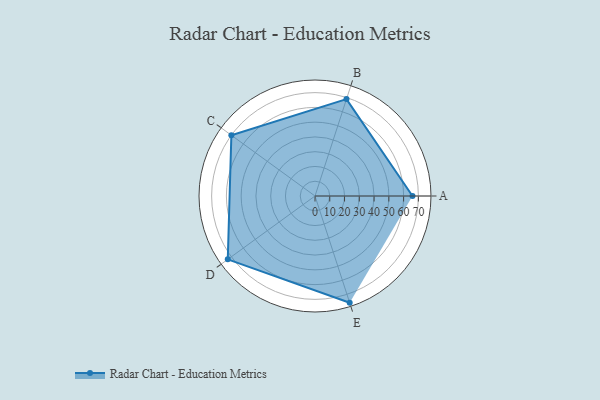
{"axis": {"x": "Skill", "y": "Score"}, "legend": ["Profile"], "data": [{"x": "A", "y": 66.0, "type": "Profile"}, {"x": "B", "y": 69.0, "type": "Profile"}, {"x": "C", "y": 70.0, "type": "Profile"}, {"x": "D", "y": 73.0, "type": "Profile"}, {"x": "E", "y": 76.0, "type": "Profile"}]}